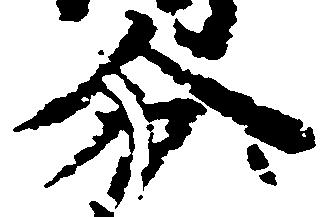
分